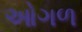
ઓગળ